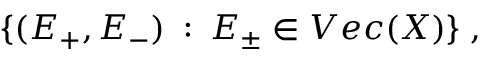
\{ ( E _ { + } , E _ { - } ) \: : \: E _ { \pm } \in V e c ( X ) \} \; ,